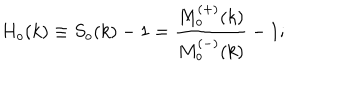
LaTeX: H _ { o } ( k ) \equiv S _ { o } ( k ) - 1 = \frac { M _ { o } ^ { ( + ) } ( k ) } { M _ { o } ^ { ( - ) } ( k ) } - 1 ;